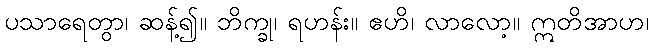
ပသာရေတွာ၊ ဆန့်၍။ ဘိက္ခု၊ ရဟန်း။ ဧဟိ၊ လာလော့။ ဣတိအာဟ၊